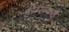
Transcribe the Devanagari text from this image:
होम्सकडे